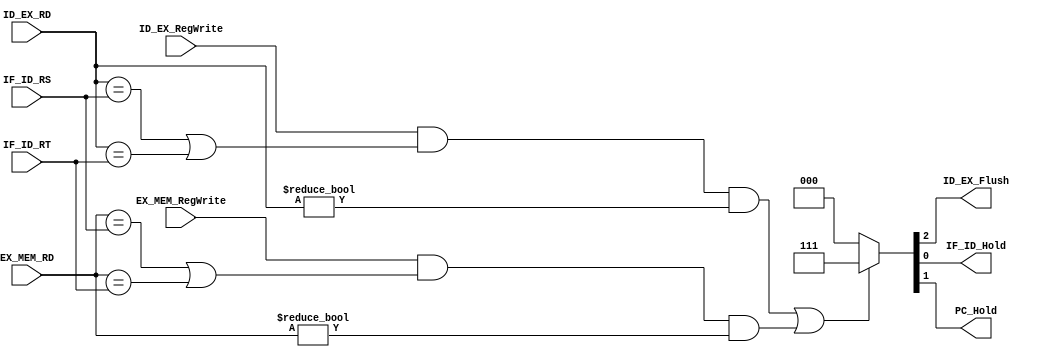
module  Data_hazard_detector( IF_ID_RS , IF_ID_RT , ID_EX_RD , EX_MEM_RD , ID_EX_RegWrite , EX_MEM_RegWrite , ID_EX_Flush ,  IF_ID_Hold , PC_Hold );

input [2:0]   IF_ID_RS;
input [2:0]   IF_ID_RT;
input [2:0]   ID_EX_RD;
input [2:0]   EX_MEM_RD;
input         ID_EX_RegWrite;
input         EX_MEM_RegWrite;

output        IF_ID_Hold;
output        ID_EX_Flush;
output        PC_Hold;

assign { ID_EX_Flush , PC_Hold ,IF_ID_Hold} = ( 
                                     ( 
                                        ID_EX_RegWrite & 
                                        ( ID_EX_RD == IF_ID_RS |ID_EX_RD == IF_ID_RT )&
                                        ID_EX_RD != 0
                                     ) 
                                     
                                     | 
                                     ( 
                                        EX_MEM_RegWrite & 
                                        ( EX_MEM_RD == IF_ID_RS | EX_MEM_RD == IF_ID_RT ) &
                                        EX_MEM_RD != 0
                                      ) 
                                   ) ? 3'b111 : 3'b000;



endmodule